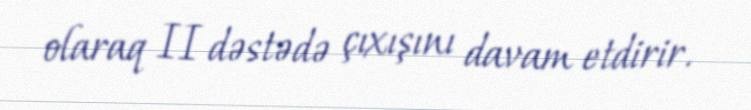
olaraq II dəstədə çıxışını davam etdirir.